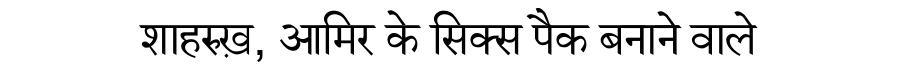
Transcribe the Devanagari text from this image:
शाहरुख़, आमिर के सिक्स पैक बनाने वाले